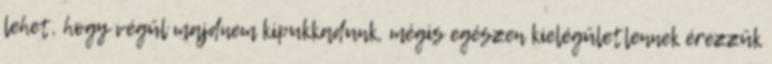
lehet, hogy végül majdnem kipukkadunk, mégis egészen kielégületlennek érezzük